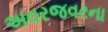
અવરજવરના